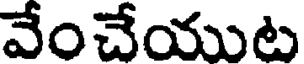
వేంచేయుట